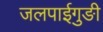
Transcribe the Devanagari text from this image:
जलपाईगुङी